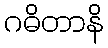
ဂဓိတာနိ